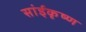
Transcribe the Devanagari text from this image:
सांईकृष्‍ण